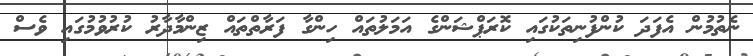
ނެތުމުން އެފަދަ ކުންފުނިތަކުގައި ކޮރަޕްޝަންގެ އަމަލުތައް ހިންގާ ފަރާތްތައް ޒިންމާދާރު ކުރުވުމުގައި ވެސް